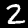
Label: 2